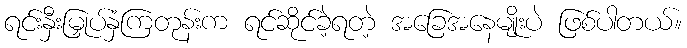
ရင်းနှီးမြှုပ်နှံကြတုန်းက ရင်ဆိုင်ခဲ့ရတဲ့ အခြေအနေမျိုးပဲ ဖြစ်ပါတယ်။